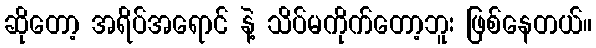
ဆိုတော့ အရိပ်အရောင် နဲ့ သိပ်မကိုက်တော့ဘူး ဖြစ်နေတယ်။